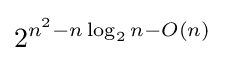
2^{n^{2}-n\log _{2}n-O(n)}